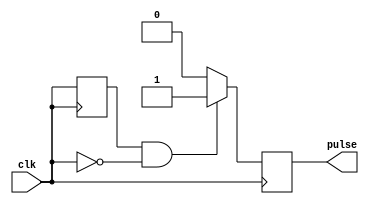
module falling_edge_pulse_generator (
    input wire clk,
    output reg pulse
);

reg prev_clk_state;

always @ (posedge clk) begin
    if (prev_clk_state && !clk) begin
        pulse <= 1;
    end else begin
        pulse <= 0;
    end
    prev_clk_state <= clk;
end

endmodule